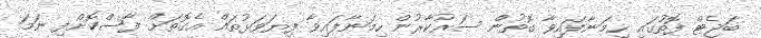
ބަޖެޓް ފޮތުގައި ހިމަނާފައިވާ ގޮތުން ސަރުކާރުން ހިމަނާފައިވާ ފިޔަވަޅުތައް އެގޮތަށް ފާސްކޮށްފި ނަމަ